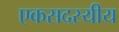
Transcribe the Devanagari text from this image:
एकसदस्यीय